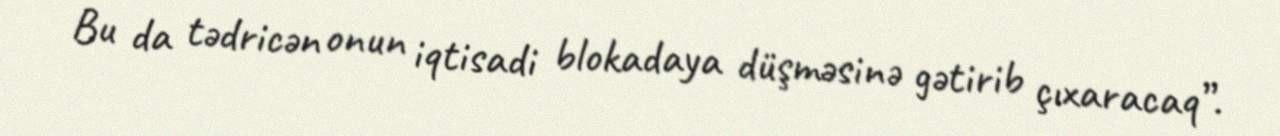
Bu da tədricən onun iqtisadi blokadaya düşməsinə gətirib çıxaracaq”.